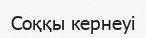
Соққы кернеуі